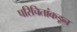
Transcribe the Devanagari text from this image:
परिचितांकडून